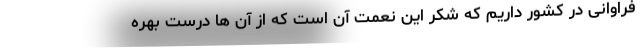
فراوانی در کشور داریم که شکر این نعمت آن است که از آن ها درست بهره